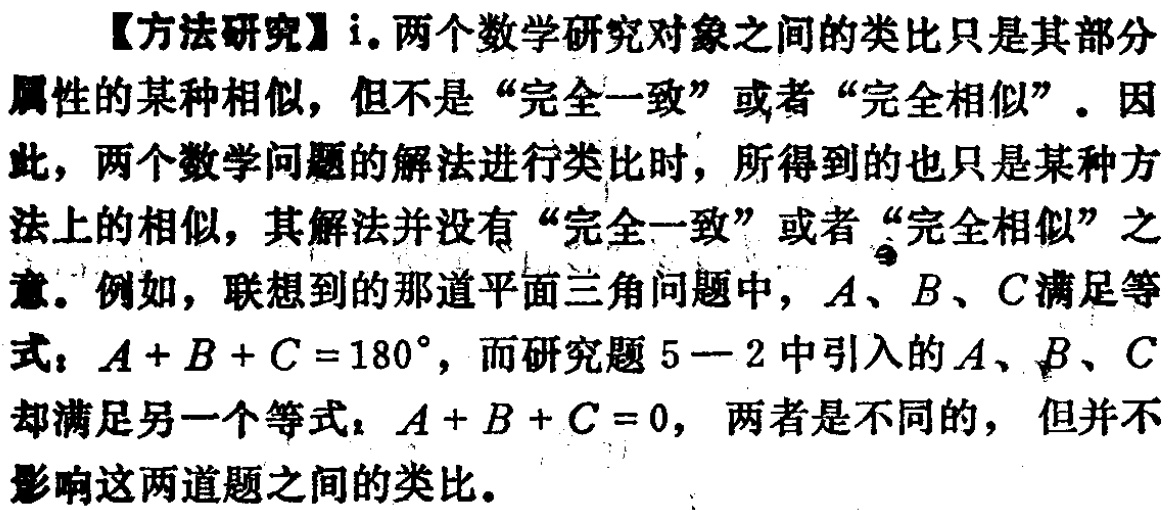
【方法研究】i. 两个数学研究对象之间的类比只是其部分属性的某种相似，但不是“完全一致”或者“完全相似”。因此，两个数学问题的解法进行类比时，所得到的也只是某种方法上的相似，其解法并没有“完全一致”或者“完全相似”之意。例如，联想到的那道平面三角问题中，\(A\)、\(B\)、\(C\)满足等式：\(A + B + C = 180^{\circ}\)，而研究题\(5 - 2\)中引入的\(A\)、\(B\)、\(C\)却满足另一个等式：\(A + B + C = 0\)，两者是不同的，但并不影响这两道题之间的类比。